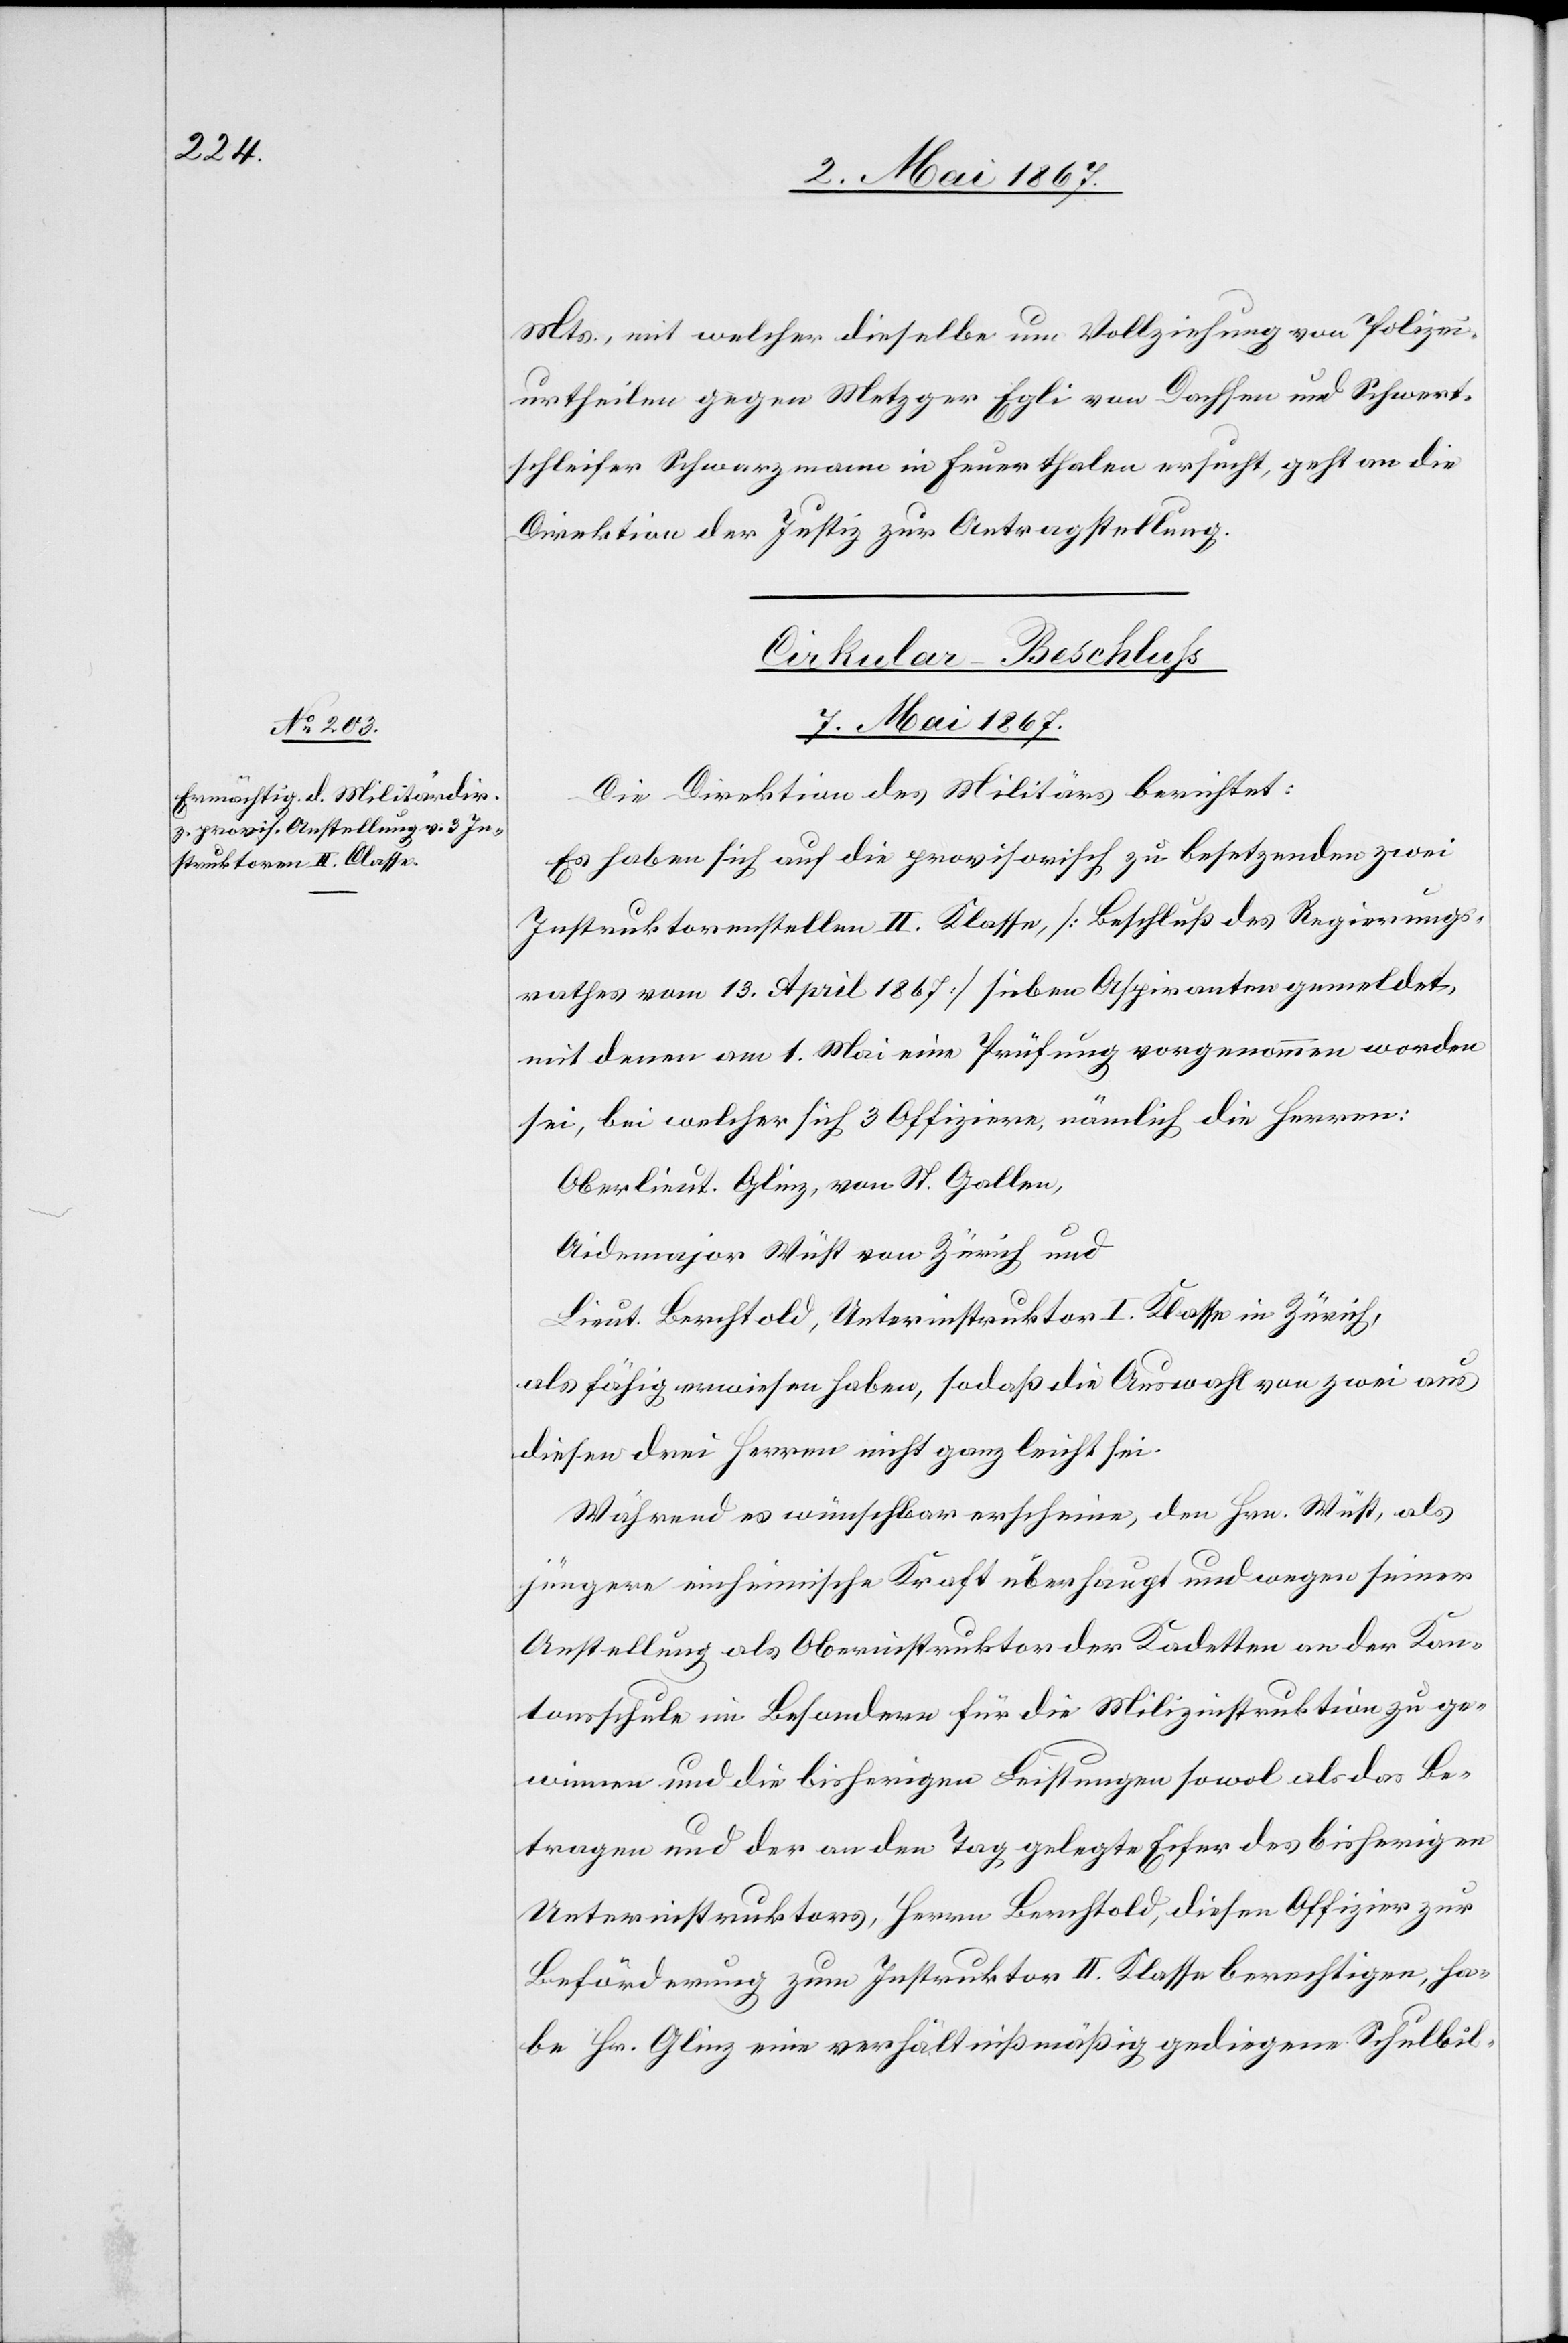
Mts., mit welcher dieselbe um Vollziehung von Polizei¬
urtheilen gegen Metzger Egli vom Dachsen und Schwert¬
schleifer Schwerzmann in Feuerthalen ersucht, geht an die
Direktion der Justiz zur Antragstellung.
Cirkular-Beschluß
7. Mai 1867.
Die Direktion des Militärs berichtet:
Es haben sich auf die provisorisch zu besetzenden zwei
Instruktorenstellen II. Klasse, [Beschluß des Regierungs¬
rathes vom 13. April 1867] sieben Aspiranten gemeldet,
mit denen am 1. Mai eine Prüfung vorgenommen worden
sei, bei welcher sich 3 Offiziere, nämlich die Herren:
Oberlieut. Glinz, von St. Gallen,
Aidemajor Wüst von Zürich und
Lieut. Berchtold, Unterinstruktor I. Klasse in Zürich,
als fähig erwiesen haben, sodaß die Auswahl von zwei aus
diesen drei Herren nicht ganz leicht sei.
Während es wünschbar erscheine, den Hrn. Wüst, als
jüngere einheimische Kraft überhaupt und wegen seiner
Anstellung als Oberinstruktor der Kadetten an der Kan¬
tonsschule im Besondern für die Milizinstruktion zu ge¬
winnen und die bisherigen Leistungen sowol als das Be¬
tragen und der an den Tag gelegte Eifer des bisherigen
Unterinstruktors, Herrn Berchtold, diesen Offizier zur
Beförderung zum Instruktor II. Klasse berechtigen, ha¬
be Hr. Glinz eine verhältnißmäßig gediegene Schulbil-